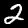
Label: 2